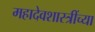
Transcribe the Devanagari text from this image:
महादेवशास्त्रींच्या